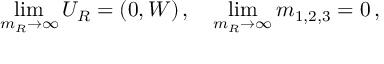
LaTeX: \operatorname * { l i m } _ { m _ { R } \to \infty } U _ { R } = ( 0 , W ) \, , \quad \operatorname * { l i m } _ { m _ { R } \to \infty } m _ { 1 , 2 , 3 } = 0 \, ,